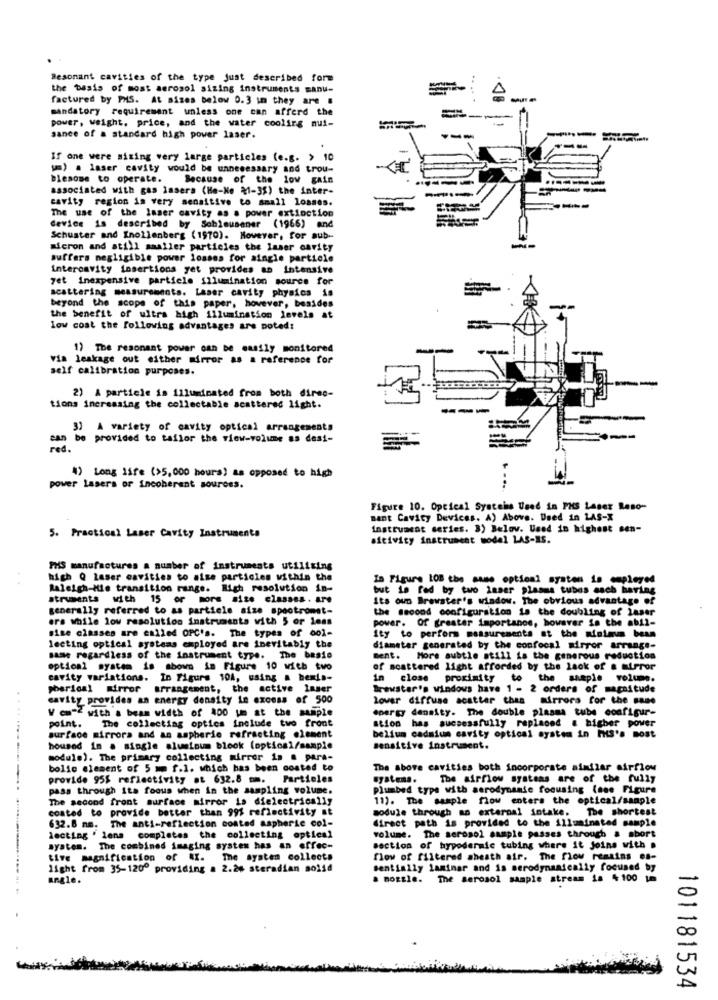
Resonant cavities of the type just described form
the basis of most aerosol sizing instruments manu-
factured by PHS. At sizes below 0.3 in they are .
--
mandatory requirement unless one can afford the
power, weight, price, and the water cooling mui-
-
sance of a standard high power laser.
---
If one were sizing very large particles (e.g. > 10
um) . laser cavity would be unnecessary and trou-
blesome to operate.
Because of the low gain
associated with gas lasera (He-Ne %1-35) the inter-
---
cavity region in very sensitive to small losses.
The use of the laser cavity as a power extinction
device is described by Seblousener (1966) and
Schuster and Inollenberg (1970). However, for sub-
micron and still smaller particles the laser cavity
Buffers negligible power losses for aingle particle
intercavity insertions yet provides an intensive
yet inexpensive particle illumination source for
scattering measurements. Laser cavity physics is
beyond the scope of this paper, however, besides
the benefit of ultra high illumination levels at
low cost the following advantages are poted:
1) The resonant power can be easily monitored
via leakage out either mirror as a reference for
self calibration purposes.
2) A particle is illuminated from both direc-
tions increasing the collectable scattered light.
3] A variety of cavity optical arrangements
n be provided to tailor the view-volume as desi-
red.
1) Long life (>5,000 hours) as opposed to high
power lasers or Incoherent sources.
...
Figure 10. Optical Systeis Used in PHS Laser Reso-
Bant Cavity Devices. A) Above. Dued in LAS-X
instrument series. 3) Belov. Used in highest sen-
5. Practical Laser Cavity Instrumenta
aitivity instrument model LAS-IS.
PHS manufactures a number of instruments utilising
high Q Laser cavities to aise particles within the
In Figure LOB the same optical system is employed
Raleigh-Wie transition range. High resolution in-
but is fed by two inser plasma tubes asch having
struments with 15 or more sise classes. are
Its oun Brewster's window. The obvious advantage of
generally referred to as particle size spectromet-
the second configuration is the doubling of laser
ors while low resolution instruments with 5 or loss
power. Of greater importanos, however is the abil-
size classes are called OPC's. The types of col-
Ity to perform measurements at the minimum bean
lecting optical systems employed are inevitably the
diameter generated by the confocal mirror arrange-
same regardless of the instrument type. The basio
ment. More subtle atill is the generous reduction
optical system is shown in Figure 10 with two
of scattered light afforded by the lack of a mirror
cavity variations. In Figure 104, using a benis-
in close proximity to the maple volume.
pherical mirror arrangement, the active laser
Brewster's windows have 1 - 2 orders of magnitude
cavity provides an energy density in excess of 500
Lower diffuse scatter thas Mirrors for the same
V cm-Z with a beam width of 400 um at the sample
energy density. The double plasma tube configur-
point.
The collecting optics include two front
stion has successfully replaced a higher power
surface mirrors and an aspheric refracting element
beliun cadmium cavity optical system in PHS's most
.......---
housed in a single aluminum block (optical/sample
sensitive instrument.
module). The primary collecting mirror is . para-
bolic element of 5 mm f.1. which has been costed to
The above cavities both incorporate similar airflow
provide 955 reflectivity at 632.8 mm. Particles
systena.
The airflow systems are of the fully
pass through its foous when in the sampling volume.
Plumbed type with aerodynamic focusing (see Figure
The second front surface mirror is dielectrically
11). The sample flow enters the optical/sample
coated to provide better than 99% reflectivity at
module through an external intake. The shortest
632.8 mm. The anti-reflection costed aspheric col-
direct path is provided to the illuminated sample
lecting ' lens completes the collecting optical
volume. The aerosol sample passes through & sbort
system. The combined imaging system has an effec-
section of hypodermic tubing where it Joins with .
tive magnification of AI. The system collects
flow of filtered sheath air. The flow remains es-
light from 35-1200 providing a 2.26 steradian solid
sentinily laminar and is nerodynamically focused by
angle.
a nozzle. The aerosol sample stream is 4100 tm
101181534